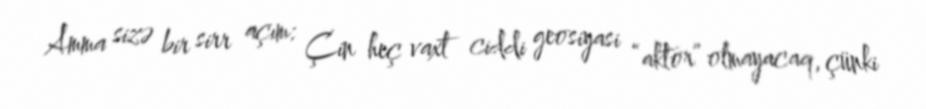
Amma sizə bir sirr açım: Çin heç vaxt ciddi geosiyasi “aktor” olmayacaq, çünki